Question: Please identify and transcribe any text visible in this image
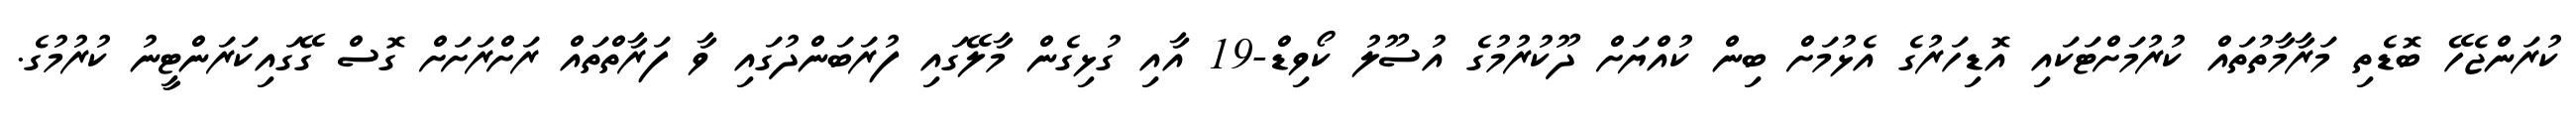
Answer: ކުރަންޖެހޭ ބޮޑެތި މަރާމާތުތައް ކުރުމަށްޓަކައި އޮޑިހަރުގެ އެޅުމަށް ބިން ކުއްޔަށް ދޫކުރުމުގެ އުސޫލު ކޯވިޑް-19 އާއި ގުޅިގެން މާލޭގައި ފުރަބަންދުގައި ވާ ފަރާތްތައް ރަށްރަށަށް ގޮސް ގޭގައިކަރަންޓީނު ކުރުމުގެ.